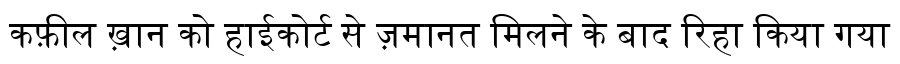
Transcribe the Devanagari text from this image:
कफ़ील ख़ान को हाईकोर्ट से ज़मानत मिलने के बाद रिहा किया गया